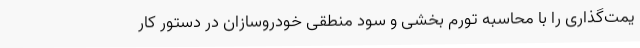
یمت‌گذاری را با محاسبه تورم بخشی و سود منطقی خودروسازان در دستور کار